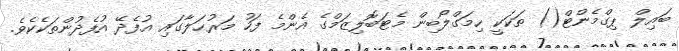
ބައިލް ޕިގްމެންޓް() ތަކަކީ ހިމަގްލޯބިން މެޓަބޮލިޒަމްގެ އެންމެ ފަހު މަރުޙަލާގައި އުފެދޭ އުފެދުންތަކެކެވެ.